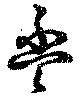
盃